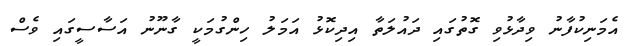
އެމަނިކުފާނު ވިދާޅުވި ގޮތުގައި ދައުލަތާ އިދިކޮޅު އަމަލު ހިންގުމަކީ ގާނޫނު އަސާސީގައި ވެސް